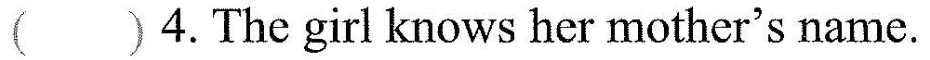
()4.The girl knows her mother's name.